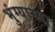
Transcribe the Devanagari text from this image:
भुंग्याच्या